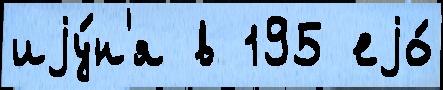
иjу́н'я в 195 еjо́